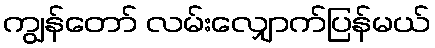
ကျွန်တော် လမ်းလျှောက်ပြန်မယ်